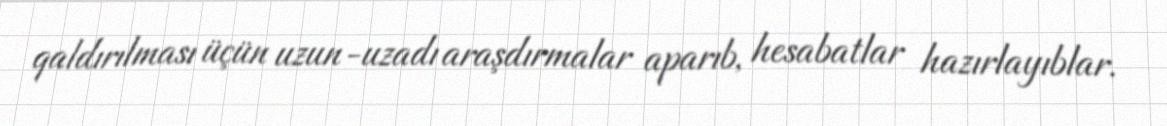
qaldırılması üçün uzun-uzadı araşdırmalar aparıb, hesabatlar hazırlayıblar.